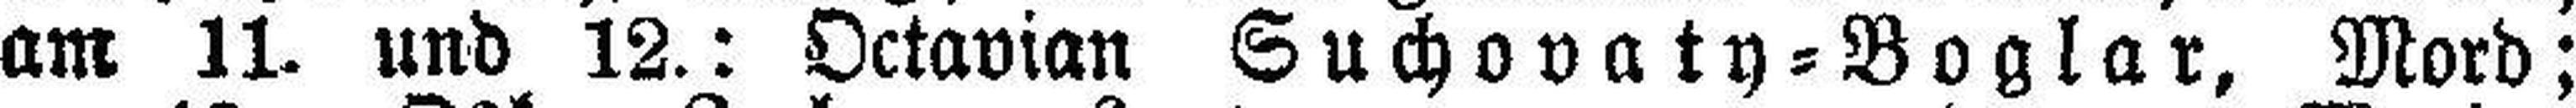
am 11. und 12.: Octavian Suchovaty=Boglar, Mord;